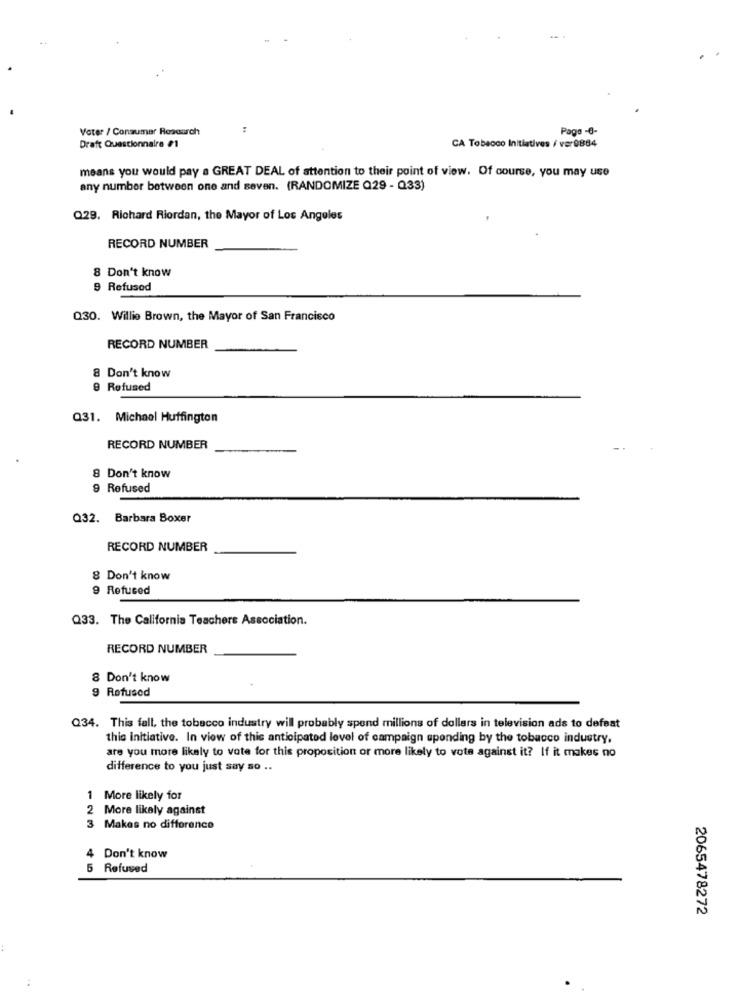
Voter / Consumer Research
:
Pago -€-
Draft Questionnaire #1
CA Tobacco Initiatives / ver0884
means you would pay a GREAT DEAL of attention to their point of view. Of course, you may use
any number between one and seven. (RANDOMIZE Q29 - Q33)
Q29. Richard Riordan, the Mayor of Los Angeles
RECORD NUMBER
8 Don't know
9 Refused
Q30. Willie Brown, the Mayor of San Francisco
RECORD NUMBER
8 Don't know
e Refused
Q31. Michael Huffington
RECORD NUMBER
8 Don't know
9 Refused
Q32. Barbara Boxer
RECORD NUMBER
8 Don't know
9 Refused
Q33. The California Teachers Association.
RECORD NUMBER
8 Don't know
9 Refused
Q34. This fall, the tobacco industry will probably spend millions of dollars in television ads to defeat
this initiative. In view of this anticipated level of campaign spending by the tobacco industry,
are you more likely to vote for this proposition or more likely to vote against it? If it makes no
difference to you just say so ..
1 More likely for
2 More likely against
3 Makes no difference
4 Don't know
5 Refused
2065478272